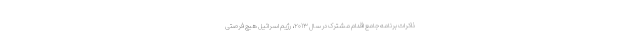
ذاکرات برنامه جامع اقدام مشترک در سال ۲۰۱۳، رژیم اسرائیل هیچ فرصتی